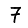
Digit: 7